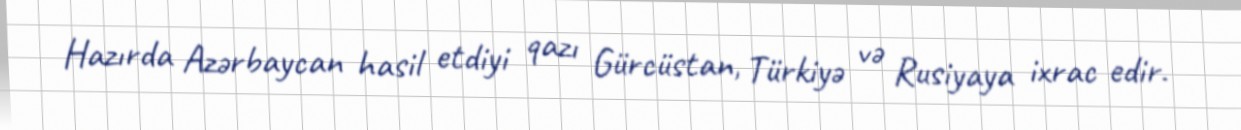
Hazırda Azərbaycan hasil etdiyi qazı Gürcüstan, Türkiyə və Rusiyaya ixrac edir.